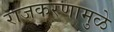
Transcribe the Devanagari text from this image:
राजकरणामुळे